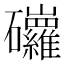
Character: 𥗿